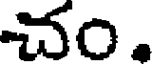
చం.